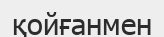
қойғанмен